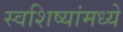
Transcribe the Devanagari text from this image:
स्वशिष्यांमध्ये